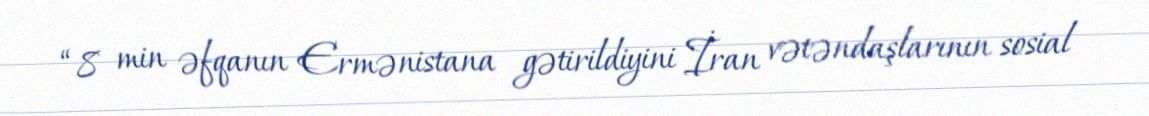
“8 min əfqanın Ermənistana gətirildiyini İran vətəndaşlarının sosial